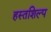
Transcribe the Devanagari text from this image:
हस्तशिल्‍प